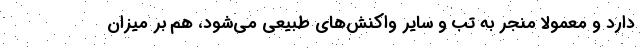
دارد و معمولا منجر به تب و سایر واکنش‌های طبیعی می‌شود، هم بر میزان